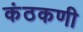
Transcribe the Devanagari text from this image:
कंठकणी